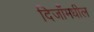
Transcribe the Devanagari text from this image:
दिजाँमधील